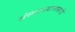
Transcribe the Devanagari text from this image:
संस्थानयानासाठी